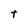
Character: t